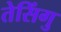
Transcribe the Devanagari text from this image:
तेसिंगु